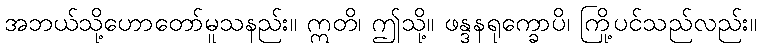
အဘယ်သို့ဟောတော်မူသနည်း။ ဣတိ၊ ဤသို့။ ဖန္ဒနရုက္ခောပိ၊ ကြို့ပင်သည်လည်း။